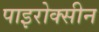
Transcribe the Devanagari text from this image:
पाइरोक्सीन